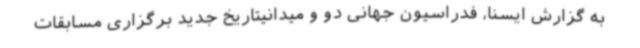
به گزارش ایسنا، فدراسیون جهانی دو و میدانیتاریخ جدید برگزاری مسابقات